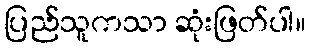
ပြည်သူကသာ ဆုံးဖြတ်ပါ။